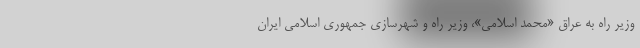
وزیر راه به عراق «محمد اسلامی»، وزیر راه و شهرسازی جمهوری اسلامی ایران